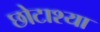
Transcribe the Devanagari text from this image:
छोटाश्या